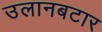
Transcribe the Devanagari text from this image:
उलानबटार